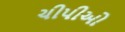
ચીપીઓ